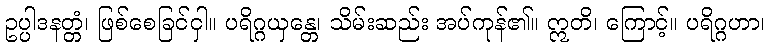
ဥပ္ပါဒနတ္တံ၊ ဖြစ်စေခြင်ငှါ။ ပရိဂ္ဂယှန္တေ၊ သိမ်းဆည်း အပ်ကုန်၏။ ဣတိ၊ ကြောင့်။ ပရိဂ္ဂဟာ၊